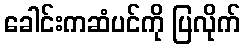
ခေါင်းကဆံပင်ကို ပြလိုက်